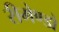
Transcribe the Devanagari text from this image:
रीमेण्डो